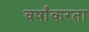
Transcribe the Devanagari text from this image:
वर्षांकरता